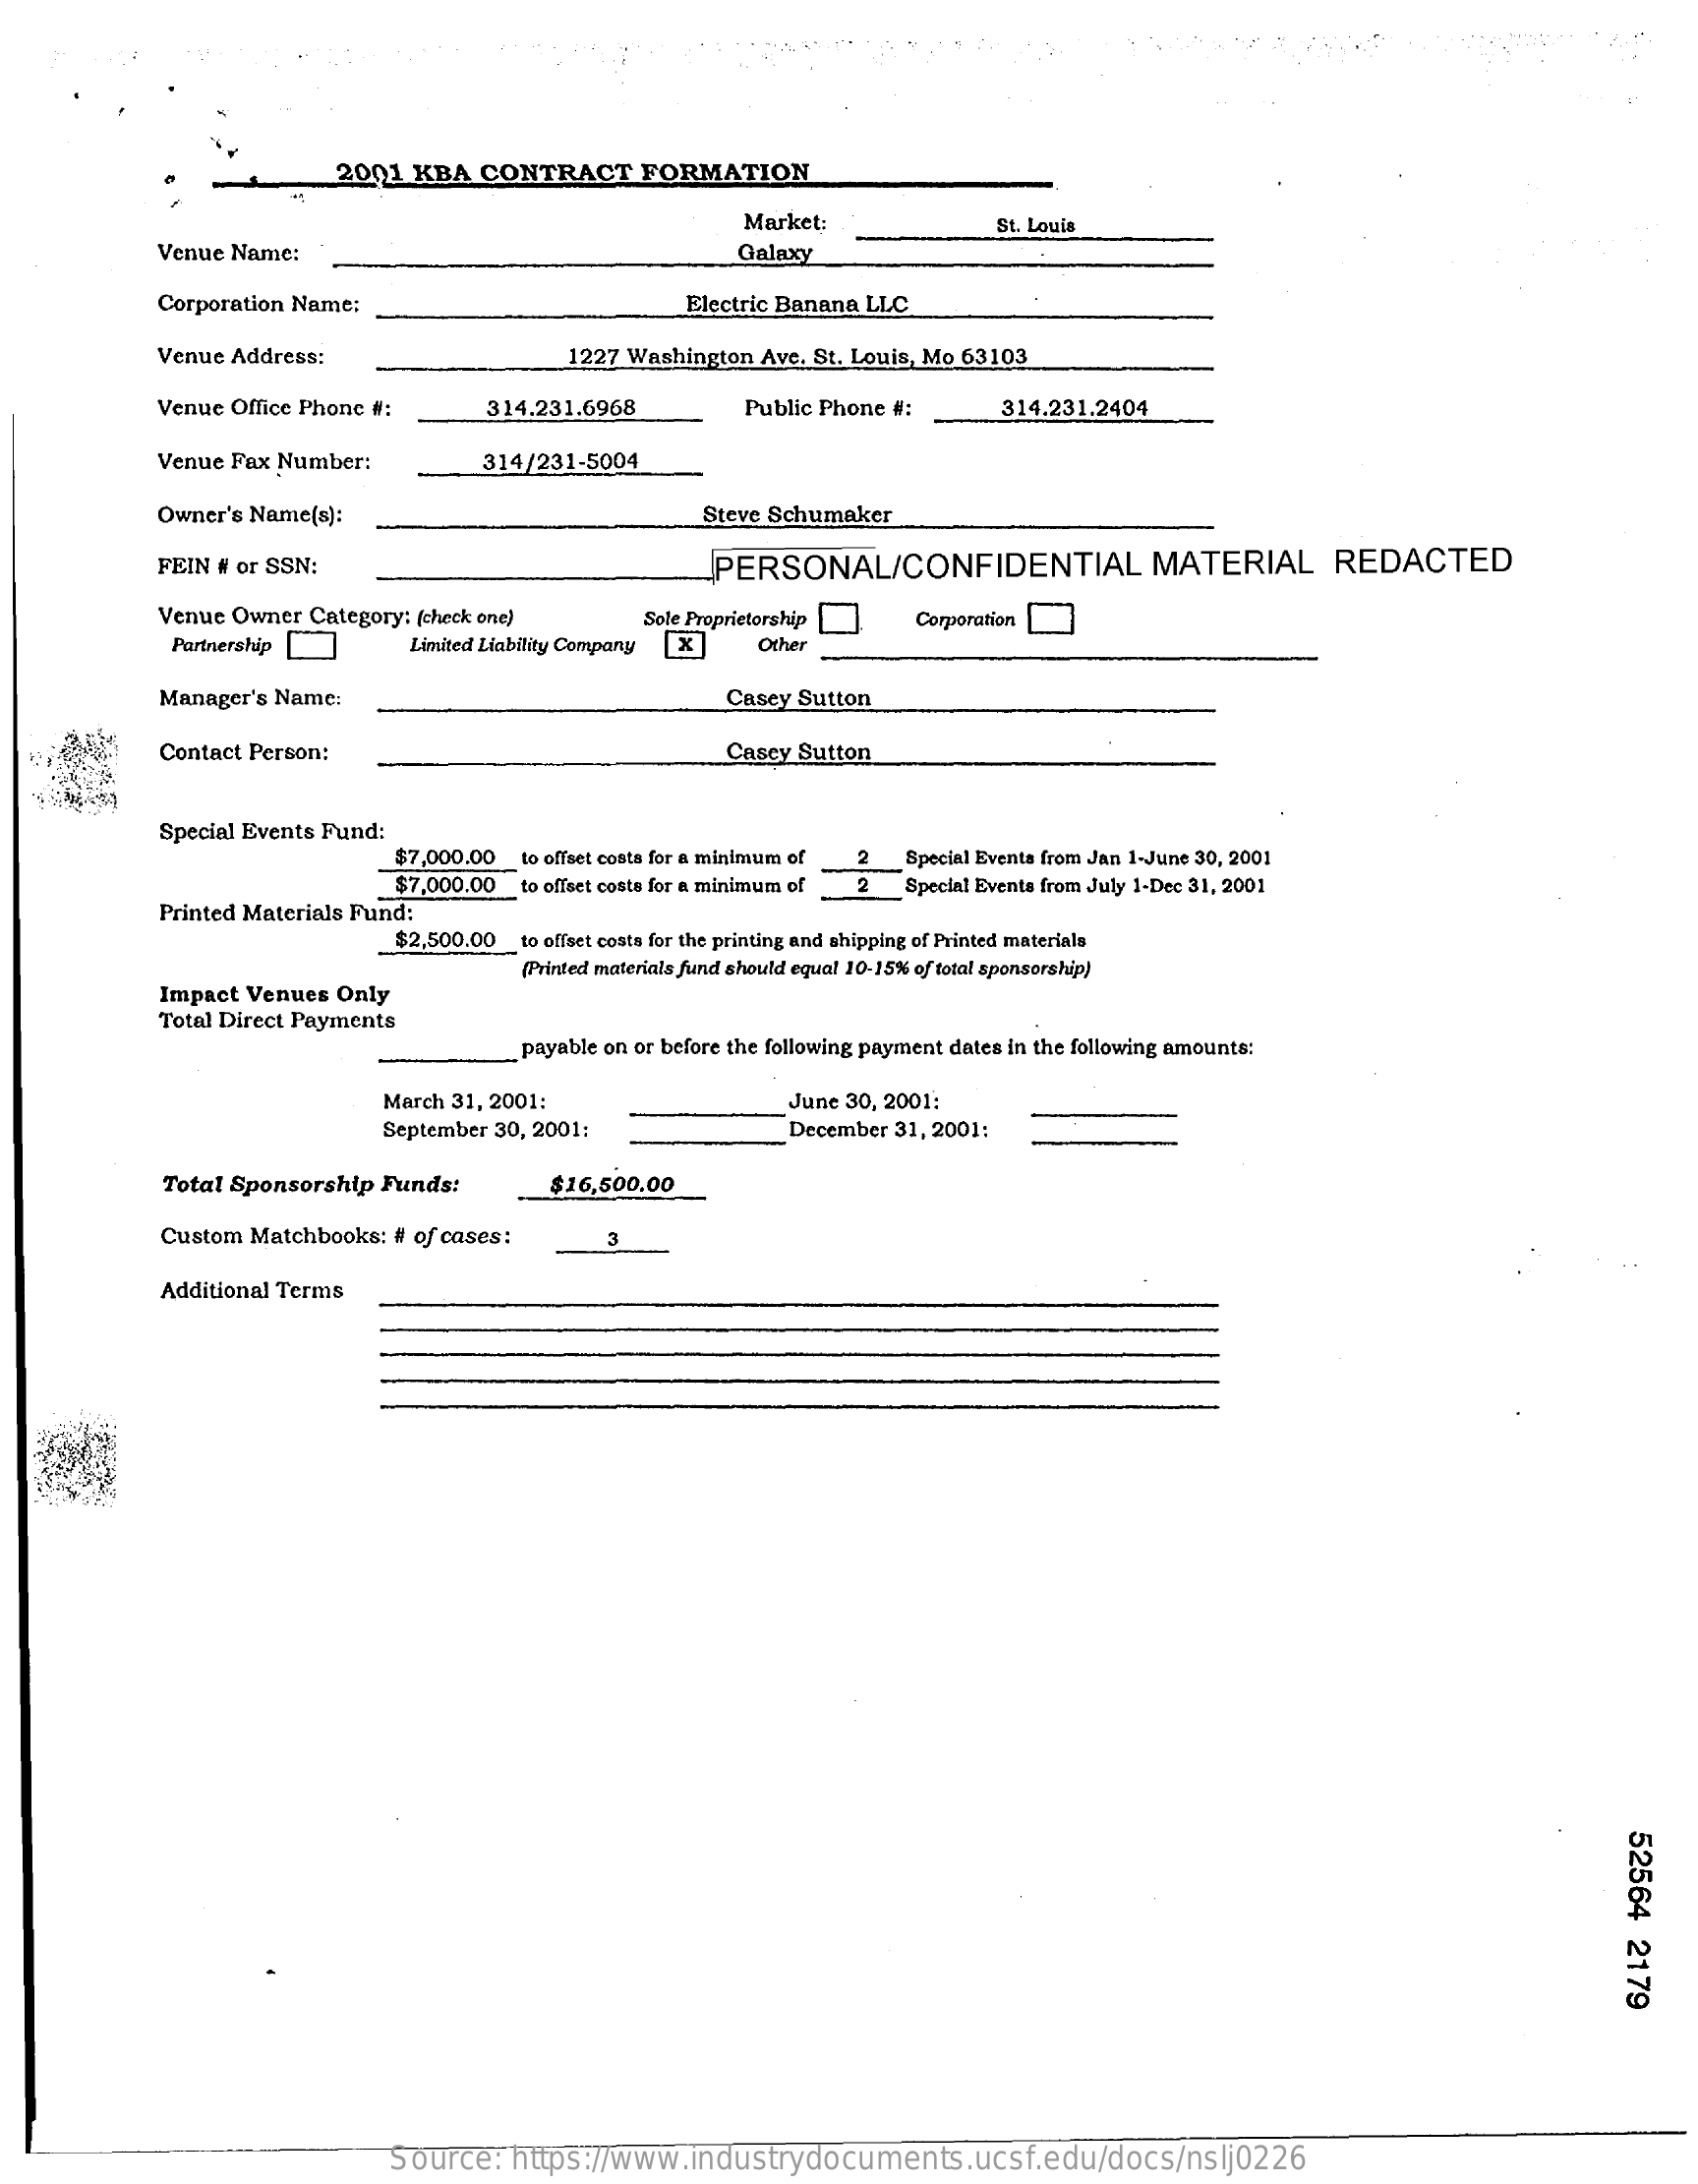
2001 KBA  CONTRACT    FORMATION
     Market:    St. Louis
     Venue Name:    Galaxy
     Corporation Name:    Electric Banana LLC
     Venue Address:    1227 Washington Ave. St. Louis, Mo 63103
     Venue Office Phone #:    314.231.6968    Public Phone #:    314.231.2404
     Venue Fax Number:    314/231-5004
     Owner's Name(s):    Steve Schumaker
     FEIN # or SSN:    PERSONAL/CONFIDENTIAL    MATERIAL    REDACTED
     Venue Owner Category: (check one)
     Partnership
     Sole Proprietorship [. Corporation
     Limited Liability Company Other
     Manager's Name:    Casey Sutton
     Contact Person:    Casey Sutton
     Special Events Fund:
     $7,000.00 to offset costa for a minimum of 2 Special Events from Jan 1-June 30, 2001
     $7,000.00 to offset costs for a minimum of
     Printed Materials Fund:
     Special Events from July 1-Dec 31, 2001
     $2,500.00 to offset costs for the printing and shipping of Printed materials
     Impact Venues Only
     (Printed materials fund should equal 10-15% of total sponsorship)
     Total Direct Payments
     payable on or before the following payment dates in the following amounts:
     March 31, 2001:    June 30, 2001:
     September 30, 2001:    December 31, 2001:
     Total Sponsorship Funds:    $16,500.00
     Custom Matchbooks: # of cases:    3
     Additional Terms
     52564
     2179
     Source:   https://www.industrydocuments.ucsf.edu/docs/nslj0226